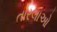
તારલાઓ